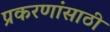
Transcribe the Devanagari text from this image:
प्रकरणांसाठी